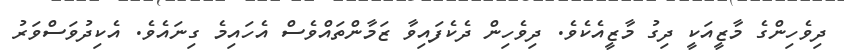
ދިވެހިންގެ މާޒީއަކީ ދިގު މާޒީއެކެވެ. ދިވެހިން ދެކެފައިވާ ޒަމާންތައްވެސް އެހައިމެ ގިނައެވެ. އެކިދުވަސްވަރު